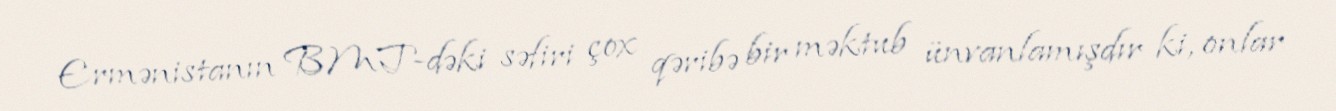
Ermənistanın BMT-dəki səfiri çox qəribə bir məktub ünvanlamışdır ki, onlar